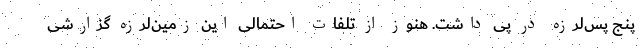
پنج پس‌لرزه در پی داشت. هنوز از تلفات احتمالی این زمین‌لرزه گزارشی